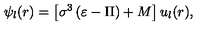
\psi _ { l } ( r ) = \left[ \sigma ^ { 3 } \left( \varepsilon - \Pi \right) + M \right] u _ { l } ( r ) ,